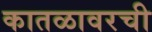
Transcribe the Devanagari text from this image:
कातळावरची